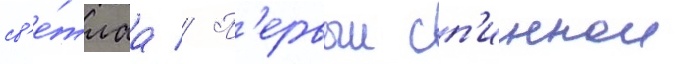
св'е́тлаа // П'ервыи сп'иннои